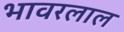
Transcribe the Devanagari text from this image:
भावरलाल